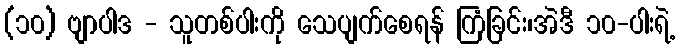
(၁၀) ဗျာပါဒ - သူတစ်ပါးကို သေပျက်စေရန် ကြံခြင်း၊အဲဒီ ၁၀-ပါးရဲ့